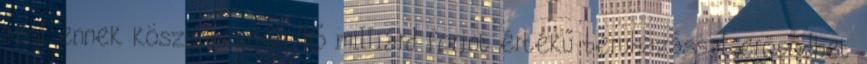
ahol ennek köszönhetően 16 milliárd forint értékű beruházással erősödhet